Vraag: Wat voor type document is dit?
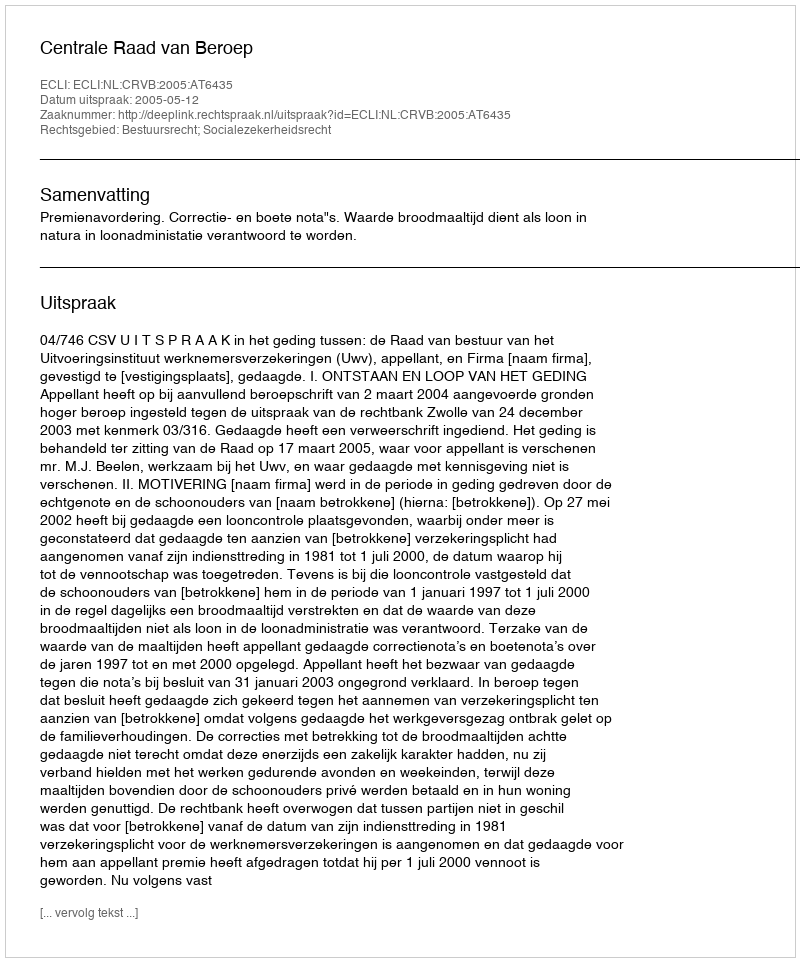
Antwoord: Uitspraak